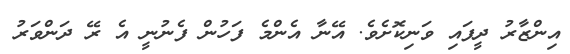
އިންޒާރު ދީފައި ވަނިކޮށެވެ. އޭނާ އެންމެ ފަހުން ފެނުނީ އެ ރޭ ދަންވަރު